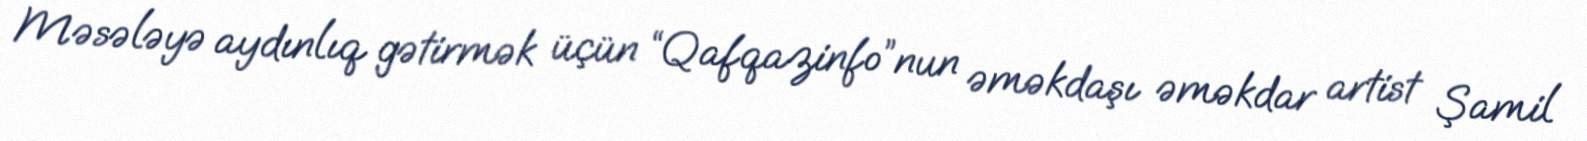
Məsələyə aydınlıq gətirmək üçün “Qafqazinfo”nun əməkdaşı əməkdar artist Şamil